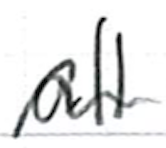
Text: all
Cross-out: wave
Writing tool: ballpoint